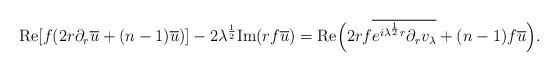
LaTeX: \begin{align*}\mbox{Re}[f(2r\partial_r\overline u+(n-1)\overline u)]-2\lambda^{\frac12} \mbox{Im} (rf\overline u)= \mbox{Re}\Big(2rf\overline{e^{i\lambda^{\frac12} r}\partial_r v_\lambda}+(n-1)f\overline u\Big). \end{align*}